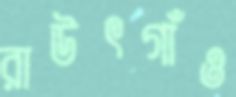
রাউৎগাঁও